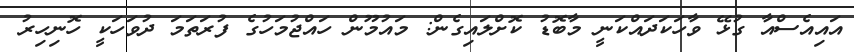
އައިއެސްއާ ގުޅޭ ވާހަކަދައްކަނީ މާބޮޑު ކޮށްލައިގެން: މައުމޫން ހައްޖުމަހުގެ ފުރަތަމަ ދުވަހަކީ ހޮނިހިރު